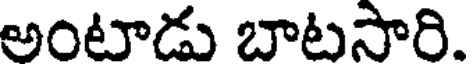
అంటాడు బాటసారి.